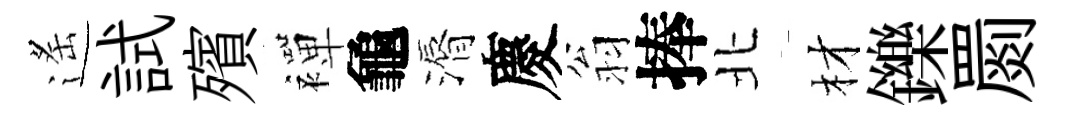
遙試殯襌龜漘慶翁捧北材鑠罽